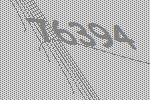
76394